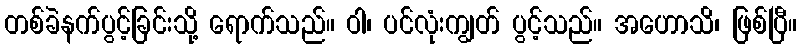
တစ်ခဲနက်ပွင့်ခြင်းသို့ ရောက်သည်။ ဝါ၊ ပင်လုံးကျွတ် ပွင့်သည်။ အဟောသိ၊ ဖြစ်ပြီ။